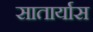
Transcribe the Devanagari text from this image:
सातार्यास